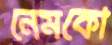
নেমকো